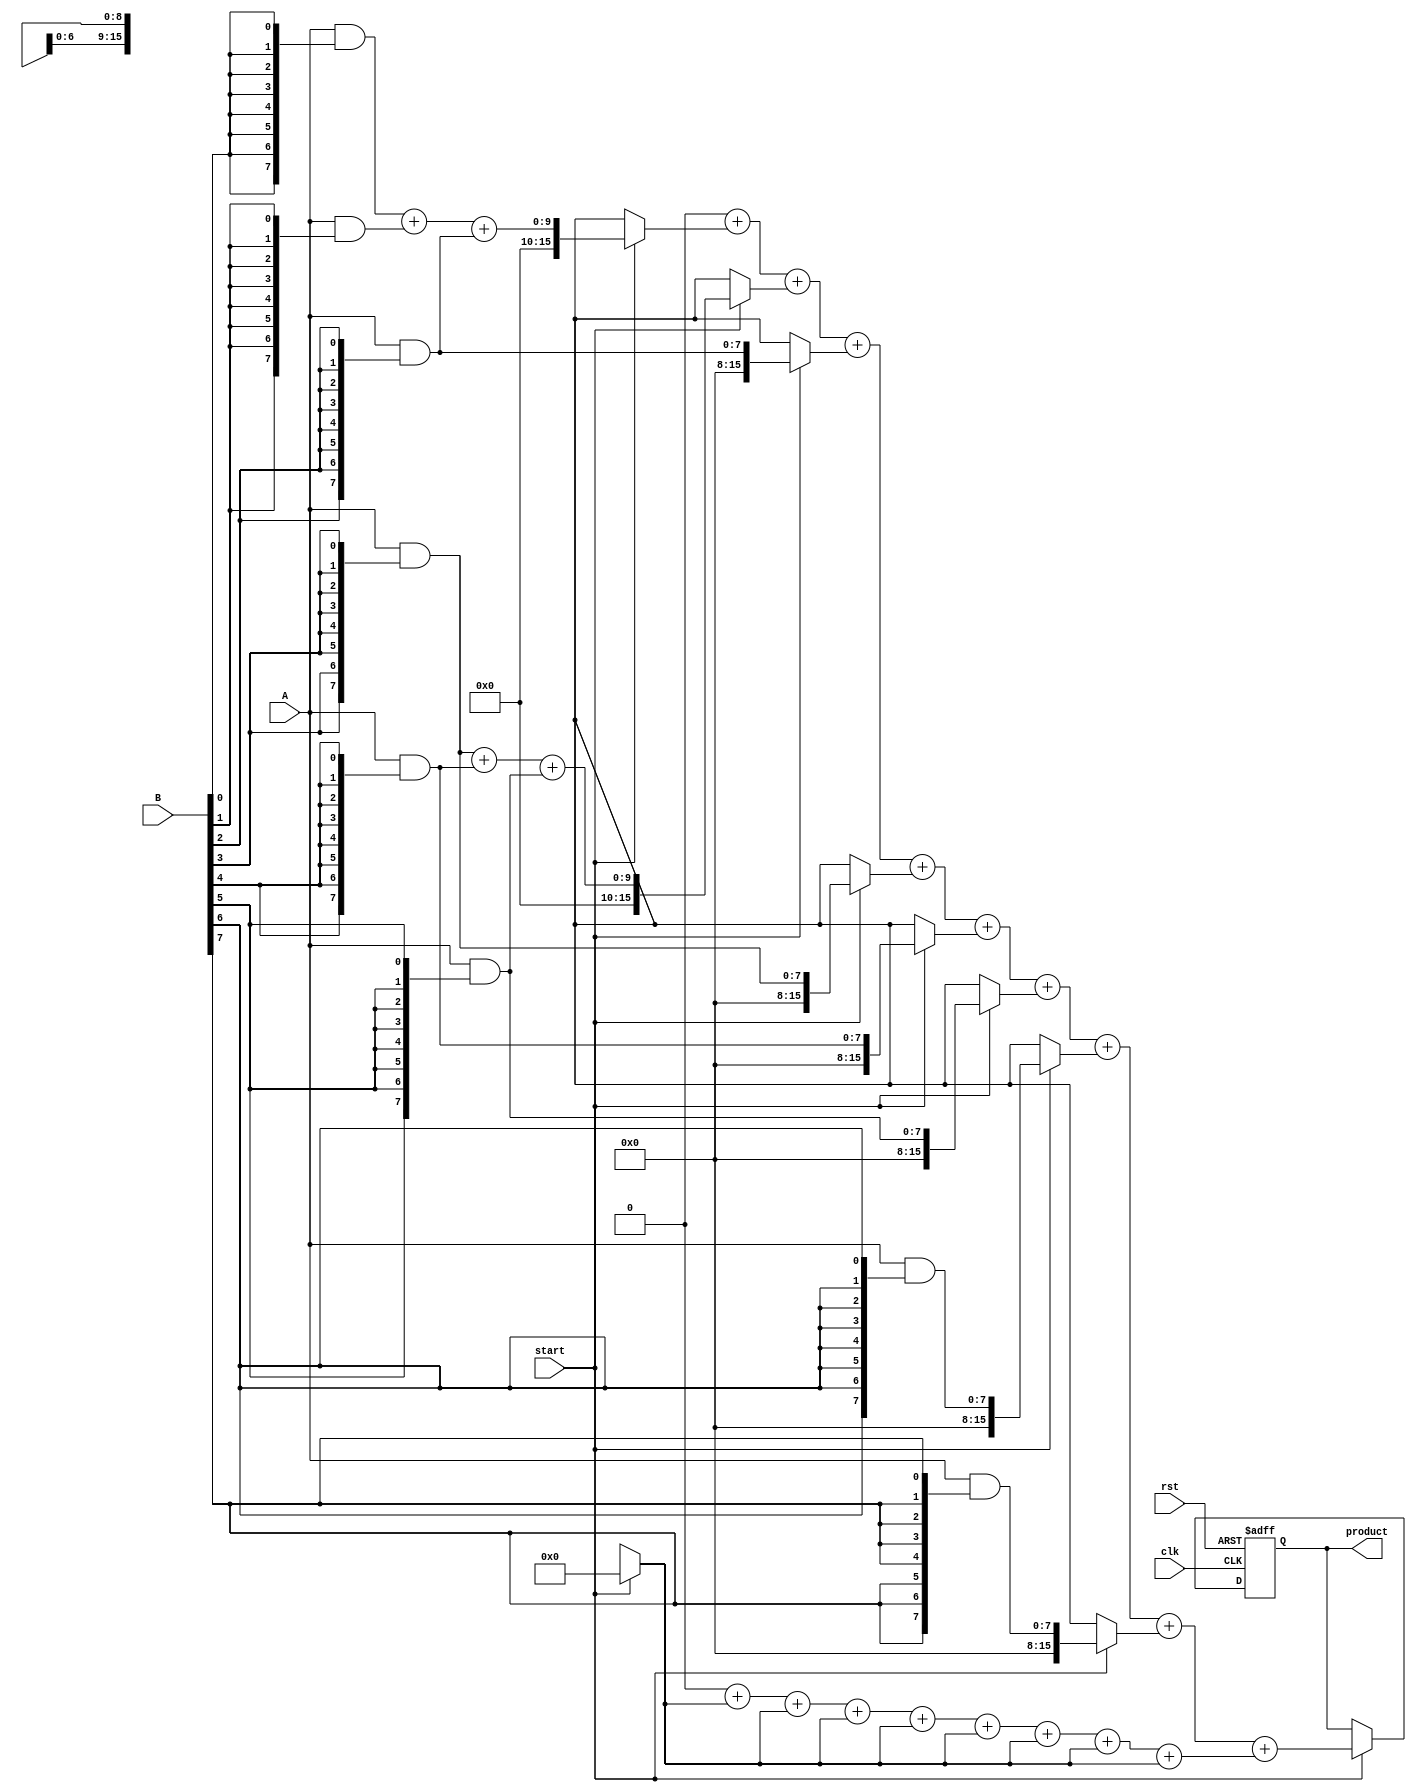
module WallaceTreeMultiplier #(
    parameter N = 8 // Width of input operands
) (
    input  wire [N-1:0] A, // Operand A
    input  wire [N-1:0] B, // Operand B
    input  wire start,      // Control signal to start multiplication
    input  wire clk,        // Clock signal
    input  wire rst,        // Reset signal
    output reg [2*N-1:0] product // Product output
);

    // Internal signals
    wire [N-1:0] partial_products [0:N-1]; // Partial products
    wire [2*N-1:0] sum [0:N-1];             // Intermediate sums
    wire [N:0] carry [0:N-1];                // Carry outputs from CSAs
    reg [N-1:0] pp_valid;                    // Valid signals for partial products
    reg [2*N-1:0] final_sum, final_carry;   // Final sum and carry

    // Generate partial products
    genvar i;
    generate
        for (i = 0; i < N; i = i + 1) begin : gen_partial_products
            assign partial_products[i] = A & {N{B[i]}};
        end
    endgenerate

    // Wallace tree reduction using CSAs
    // Level 1: Reduce 3 inputs to 2 using CSAs
    integer level, j;
    always @(posedge clk or posedge rst) begin
        if (rst) begin
            pp_valid <= 0;
            product <= 0;
        end else if (start) begin
            // Initialize valid signals for partial products
            pp_valid <= 1;
            
            // First level reduction
            for (level = 0; level < N; level = level + 1) begin
                if (level < N/3) begin
                    // Using CSAs
                    {carry[level], sum[level]} = partial_products[level * 3] + partial_products[level * 3 + 1] + partial_products[level * 3 + 2];
                end else begin
                    // Just pass through the remaining partial products
                    sum[level] = partial_products[level];
                    carry[level] = 0;
                end
            end
            
            // Final addition
            final_sum = 0;
            final_carry = 0;
            for (j = 0; j < N; j = j + 1) begin
                final_sum = final_sum + sum[j];
                final_carry = final_carry + carry[j];
            end
            
            // Assign final product
            product <= final_sum + final_carry;
        end
    end

endmodule